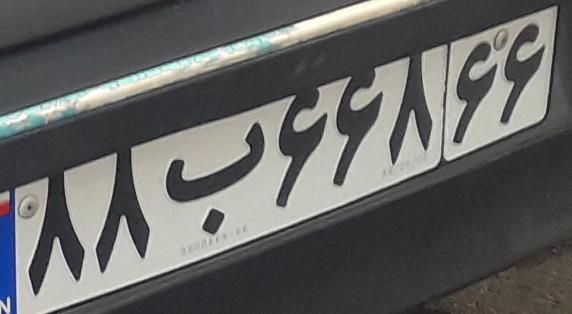
۸۸ب۶۶۸۶۶